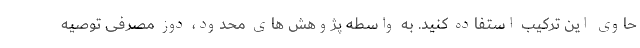
حاوی این ترکیب استفاده کنید. به واسطه پژوهش های محدود، دوز مصرفی توصیه